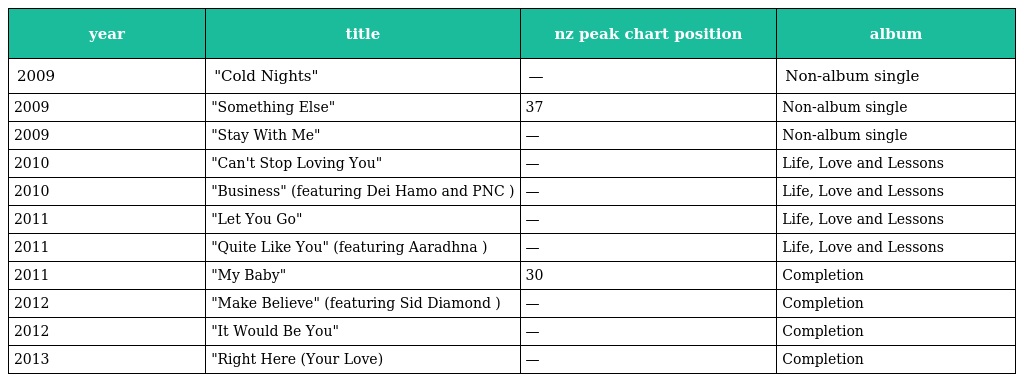
| year | title | nz peak chart position | album |
 | --- | --- | --- | --- |
 | 2009 | "Cold Nights" | — | Non-album single |
 | 2009 | "Something Else" | 37 | Non-album single |
 | 2009 | "Stay With Me" | — | Non-album single |
 | 2010 | "Can't Stop Loving You" | — | Life, Love and Lessons |
 | 2010 | "Business" (featuring Dei Hamo and PNC ) | — | Life, Love and Lessons |
 | 2011 | "Let You Go" | — | Life, Love and Lessons |
 | 2011 | "Quite Like You" (featuring Aaradhna ) | — | Life, Love and Lessons |
 | 2011 | "My Baby" | 30 | Completion |
 | 2012 | "Make Believe" (featuring Sid Diamond ) | — | Completion |
 | 2012 | "It Would Be You" | — | Completion |
 | 2013 | "Right Here (Your Love) | — | Completion |